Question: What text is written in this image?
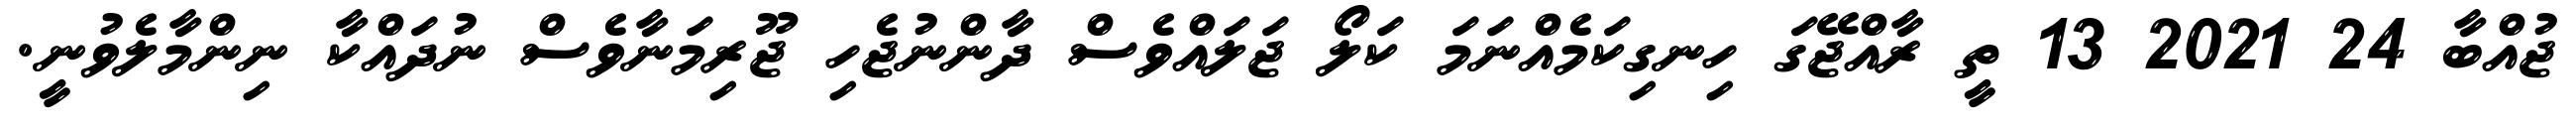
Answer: ޖުއްބާ 24 2021 13 ތީ ރާއްޖޭގަ ހިނގިކަމެއްނަމަ ކަލޯ ޖަލައްވެސް ދާންނުޖެހި ޖޫރިމަނާވެސް ނުދައްކާ ނިންމާލެވުނީ.